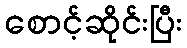
စောင့်ဆိုင်းပြီး